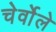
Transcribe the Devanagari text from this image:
चेर्वोले